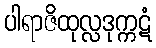
ပါရာဇိထုလ္လဒုက္ကဋံ